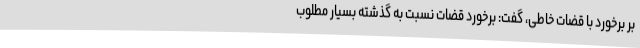
بر برخورد با قضات خاطی، گفت: برخورد قضات نسبت به گذشته بسیار مطلوب